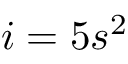
i = 5 s ^ { 2 }